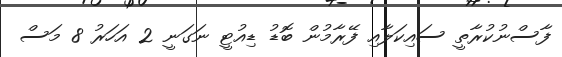
ފާސްނުކުރާތީ ސައިކަލާއި ފޭރާމުން ބޮޑު ޑިއުޓީ ނަގަނީ 2 އަހަރު 8 މަސް